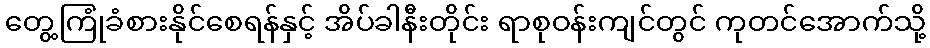
တွေ့ကြုံခံစားနိုင်စေရန်နှင့် အိပ်ခါနီးတိုင်း ရာစုဝန်းကျင်တွင် ကုတင်အောက်သို့